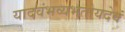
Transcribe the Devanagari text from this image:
यादवंभव्यभतोयदेवं